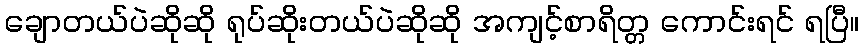
ချောတယ်ပဲဆိုဆို ရုပ်ဆိုးတယ်ပဲဆိုဆို အကျင့်စာရိတ္တ ကောင်းရင် ရပြီ။